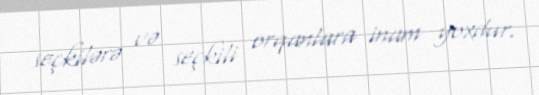
seçkilərə və seçkili orqanlara inam yoxdur.